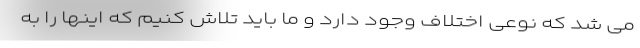
می شد که نوعی اختلاف وجود دارد و ما باید تلاش کنیم که اینها را به